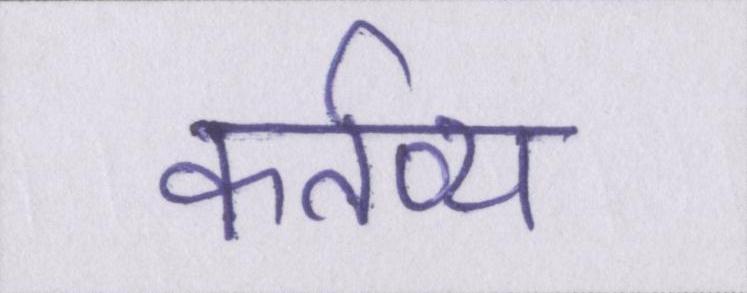
कर्तव्य